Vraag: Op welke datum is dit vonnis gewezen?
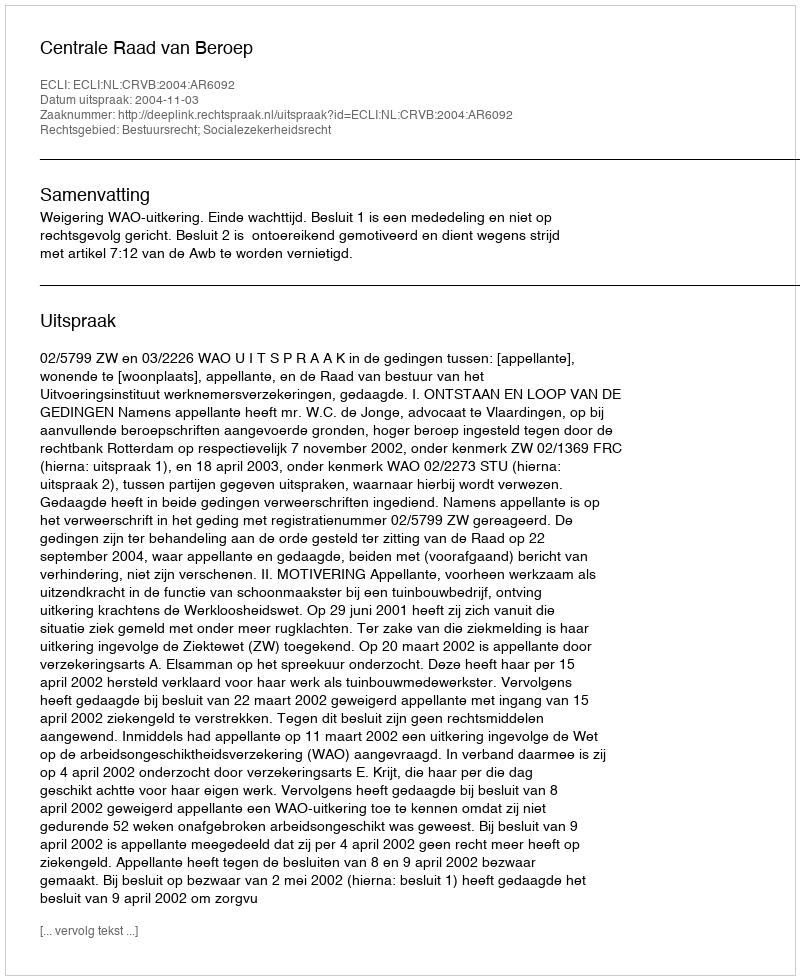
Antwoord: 2004-11-03